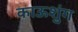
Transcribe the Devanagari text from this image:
काऊशुंग